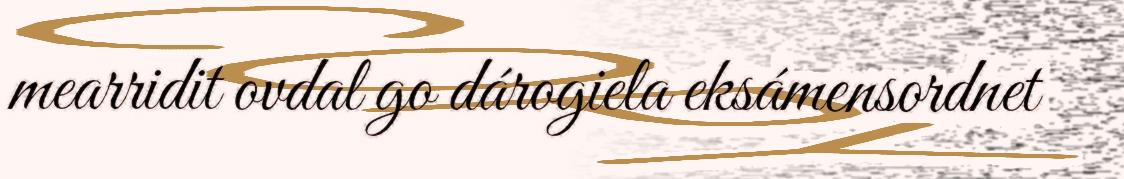
mearridit ovdal go dárogiela eksámensordnet